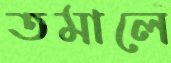
তমালে